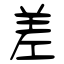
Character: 差